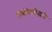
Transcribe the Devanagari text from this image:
लॅबोरेटरीसाठी